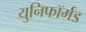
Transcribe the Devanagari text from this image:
युनिफॉर्मड